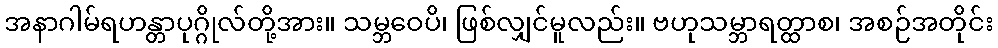
အနာဂါမ်ရဟန္တာပုဂ္ဂိုလ်တို့အား။ သမ္ဘဝေပိ၊ ဖြစ်လျှင်မူလည်း။ ဗဟုသမ္ဘာရတ္ထာစ၊ အစဉ်အတိုင်း